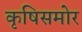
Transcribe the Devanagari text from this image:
कृषिसमोर